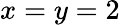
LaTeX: x=y=2